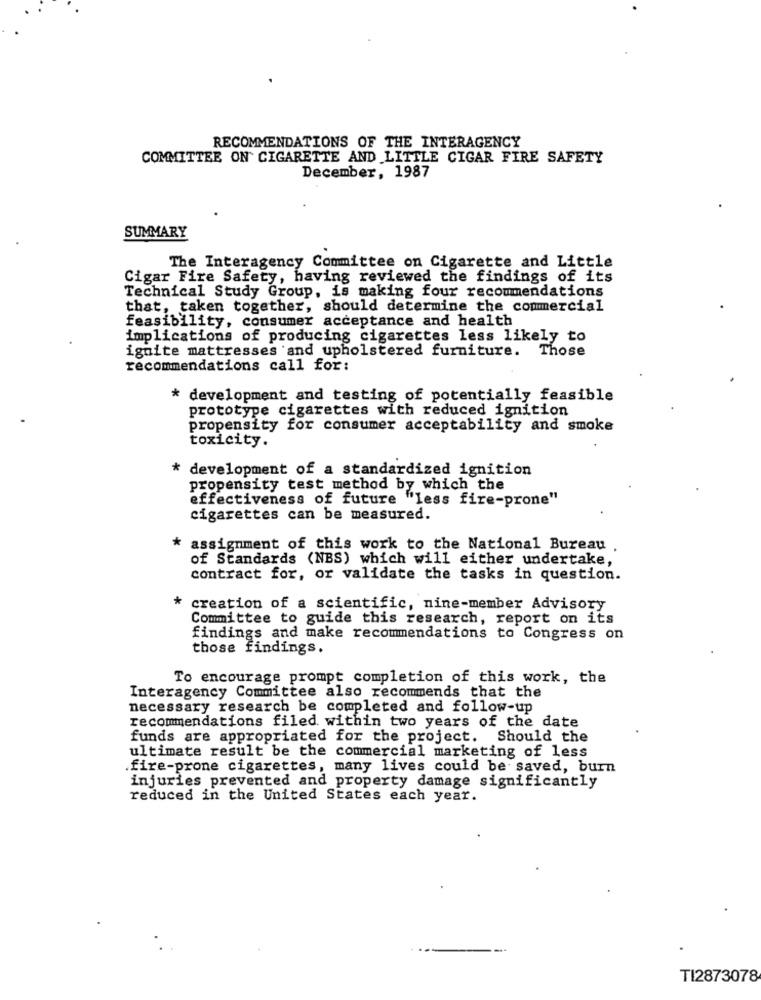
RECOMMENDATIONS OF THE INTERAGENCY
COMMITTEE ON CIGARETTE AND LITTLE CIGAR FIRE SAFETY
December, 1987
SUMMARY
The Interagency Committee on Cigarette and Little
Cigar Fire Safety, having reviewed the findings of its
Technical Study Group, is making four recommendations
that, taken together, should determine the commercial
feasibility, consumer acceptance and health
implications of producing cigarettes less likely to
ignite mattresses and upholstered furniture. Those
recommendations call for:
* development and testing of potentially feasible
prototype cigarettes with reduced ignition
propensity for consumer acceptability and smoke
toxicity.
* development of a standardized ignition
propensity test method by which the
effectiveness of future "less fire-prone"
cigarettes can be measured.
* assignment of this work to the National Bureau
of Standards (NBS) which will either undertake,
contract for, or validate the tasks in question.
*
creation of a scientific, nine-member Advisory
Committee to guide this research, report on its
findings and make recommendations to Congress on
those findings.
To encourage prompt completion of this work, the
Interagency Committee also recommends that the
necessary research be completed and follow-up
recommendations filed within two years of the date
funds are appropriated for the project. Should the
ultimate result be the commercial marketing of less
.fire-prone cigarettes, many lives could be saved, burn
injuries prevented and property damage significantly
reduced in the United States each year.
TI2873078